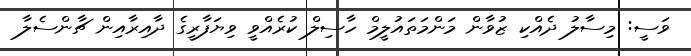
ވަސީ: މިސާލު ދެއްކި ޒުވާން މަންމަތައުލީމް ހާސިލް ކުރެއްވީ ވިޔަފާރީގެ ދާއިރާއިން ޗާންސެލާ